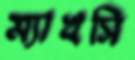
ম্যাখসি